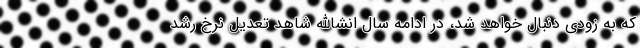
که به زودی دنبال خواهد شد، در ادامه سال انشاالله شاهد تعدیل نرخ رشد